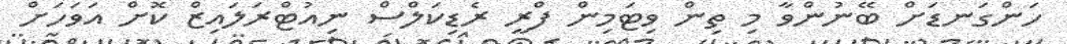
ހަންގަނޑަށް ބޭނުންވާ މި ތިން ވިޓަމިން ފްރީ ރެޑިކަލްސް ނިއުޓްރަލައިޒް ކޮށް އަވަހަށް